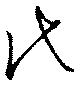
代